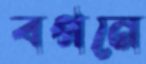
বপনে